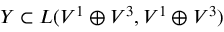
Y \subset L ( V ^ { 1 } \oplus V ^ { 3 } , V ^ { 1 } \oplus V ^ { 3 } )